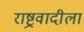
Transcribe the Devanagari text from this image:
राष्ट्रवादीला